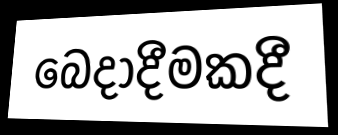
බෙදාදීමකදී